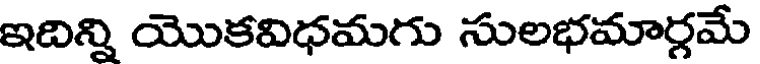
ఇదిన్ని యొకవిధమగు సులభమార్గమే